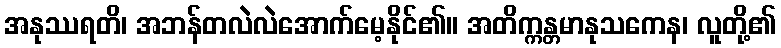
အနုဿရတိ၊ အဘန်တလဲလဲအောက်မေ့နိုင်၏။ အတိက္ကန္တမာနုသကေန၊ လူတို့၏